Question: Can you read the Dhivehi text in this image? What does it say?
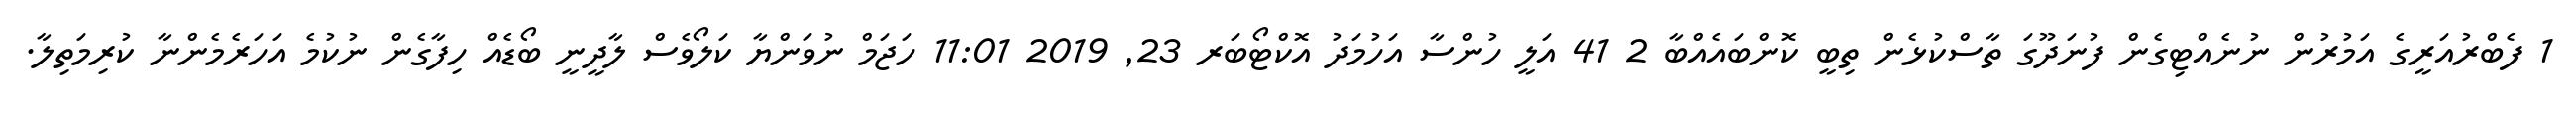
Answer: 1 ފެބްރުއަރީގެ އަމުރުން ނުނެއްޓިގެން ފުނަދޫގަ ތާސްކުޅެން ތިބީ ކޮންބައެއްބާ 2 41 އަލީ ހުންސާ އަހުމަދު އޮކްޓޯބަރ 23, 2019 11:01 ހަޖަމް ނުވަންޔާ ކަލޯވެސް ލާދީނީ ބޯޑެއް ހިފާގެން ނުކުމެ އަހަރެމެންނާ ކުރިމަތިލާ.